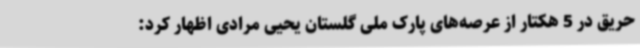
حریق در 5 هکتار از عرصه‌های پارک ملی گلستان یحیی مرادی اظهار کرد: